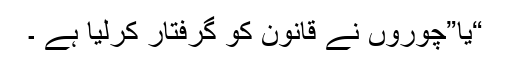
“یا”چوروں نے قانون کو گرفتار کرلیا ہے ۔